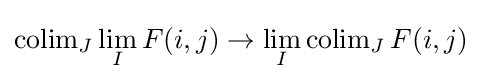
\operatorname {colim} \limits _{J}\lim _{I}F(i,j)\rightarrow \lim _{I}\operatorname {colim} \limits _{J}F(i,j)